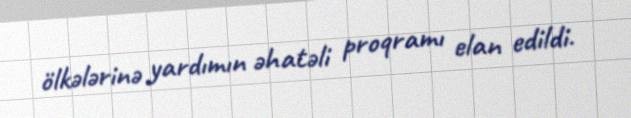
ölkələrinə yardımın əhatəli proqramı elan edildi.